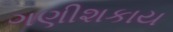
ગણીશકાય